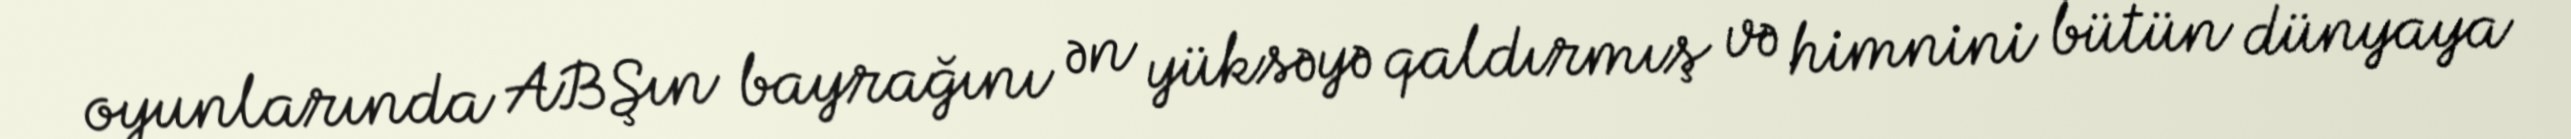
oyunlarında ABŞın bayrağını ən yüksəyə qaldırmış və himnini bütün dünyaya